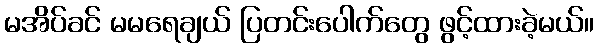
မအိပ်ခင် မမရေချယ် ပြတင်းပေါက်တွေ ဖွင့်ထားခဲ့မယ်။